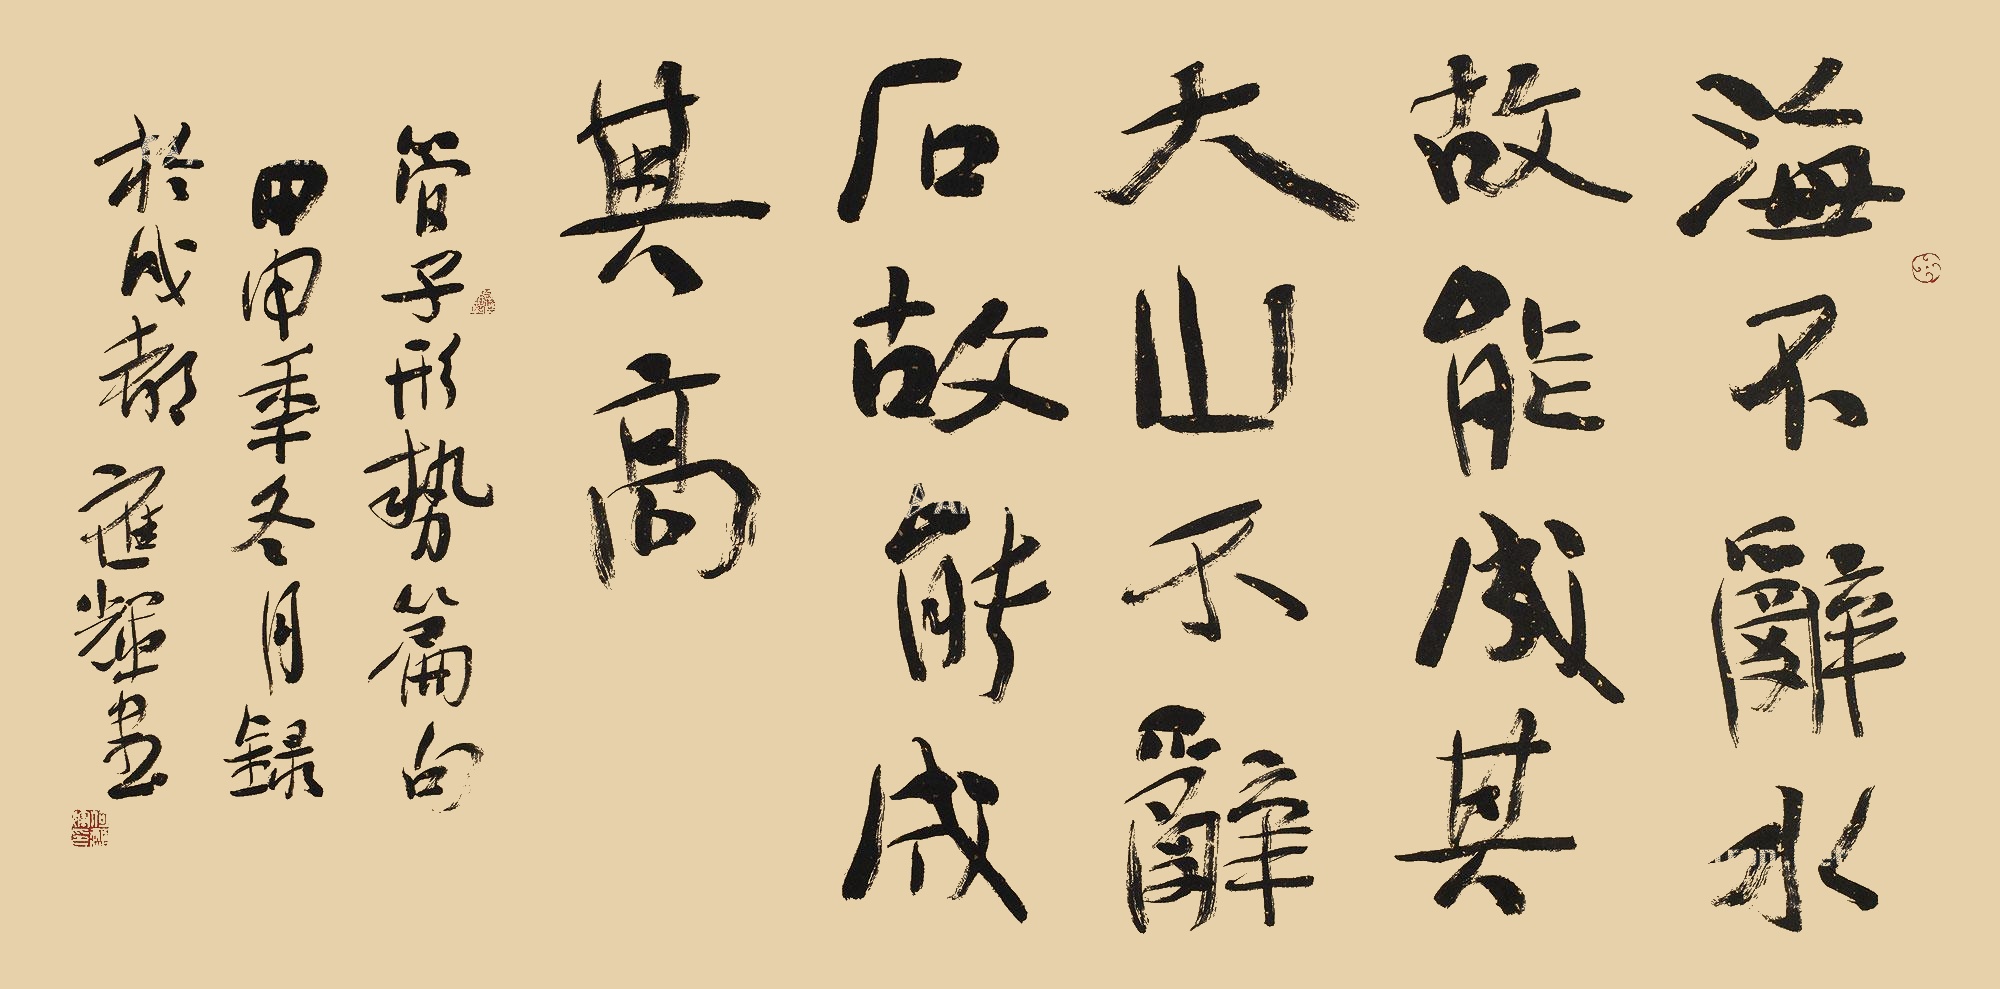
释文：海不辞水，故能成其大。山不辞土石，故能成其高。管子《形势篇》句，甲申年冬月录于成都，应辉书。